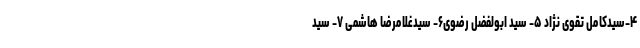
۴-سیدکامل تقوی نژاد ۵- سید ابولفضل رضوی۶- سیدغلامرضا هاشمی ۷- سید